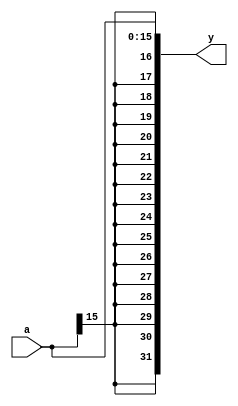
module signext(a, y);
parameter WIDTH = 16;

input [WIDTH-1:0] a;
output[31:0] y;

assign y = {{32 - WIDTH{a[WIDTH - 1]}}, a};

endmodule